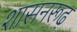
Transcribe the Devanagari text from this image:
शासनरूढ़